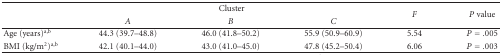
|  | <COLSPAN=3> Cluster | <ROWSPAN=2> F | <ROWSPAN=2> P value |
 |  | A | B | C |
 | --- | --- | --- | --- | --- | --- |
 | Age (years)a,b | 44.3 (39.7–48.8) | 46.0 (41.8–50.2) | 55.9 (50.9–60.9) | 5.54 | P = .005 |
 | BMI (kg/m2)a,b | 42.1 (40.1–44.0) | 43.0 (41.0–45.0) | 47.8 (45.2–50.4) | 6.06 | P = .003 |